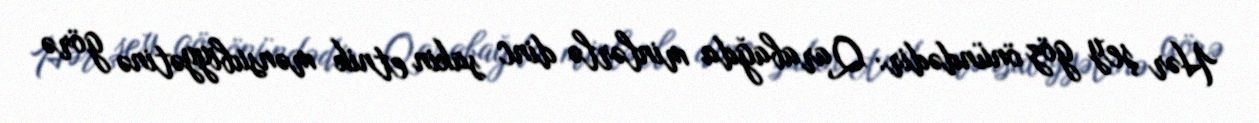
Hər şey göz önündədir: Qarabağda minlərlə dinc sakin etnik mənsubiyyətinə görə